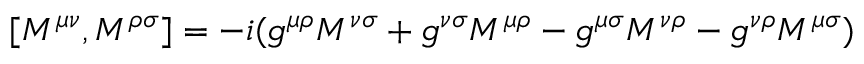
[ M ^ { \mu \nu } , M ^ { \rho \sigma } ] = - i ( g ^ { \mu \rho } M ^ { \nu \sigma } + g ^ { \nu \sigma } M ^ { \mu \rho } - g ^ { \mu \sigma } M ^ { \nu \rho } - g ^ { \nu \rho } M ^ { \mu \sigma } )